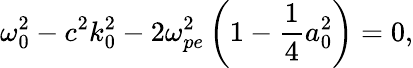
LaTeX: \omega_{0}^{2}-c^{2}k_{0}^{2}-2\omega_{pe}^{2}\left(1-\frac{1}{4}a_{0}^{2}\right)=0,